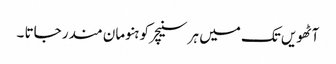
آٹھویں تک میں ہر سنیچر کو ہنومان مندر جاتا ۔